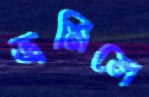
ভ্রমিলে